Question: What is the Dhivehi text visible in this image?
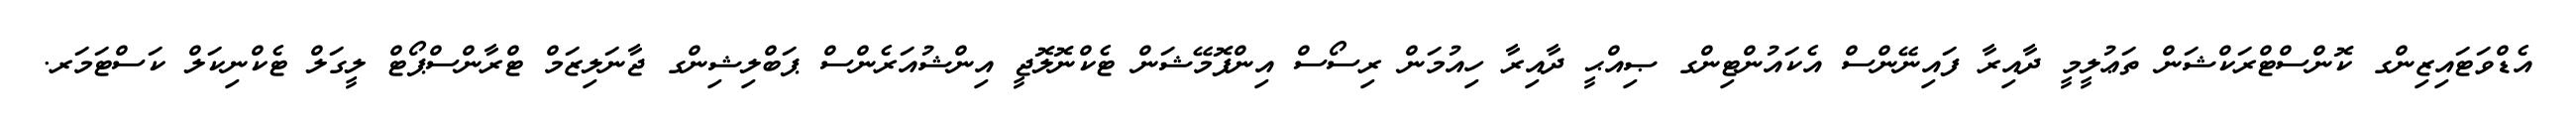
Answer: އެޑްވަޓައިޒިންގ ކޮންސްޓްރަކްޝަން ތަޢުލީމީ ދާއިރާ ފައިނޭންސް އެކައުންޓިންގ ޞިއްޙީ ދާއިރާ ހިއުމަން ރިސޯސް އިންފޮމޭޝަން ޓެކްނޮލޮޖީ އިންޝުއަރެންސް ޕަބްލިޝިންގ ޖާނަލިޒަމް ޓްރާންސްޕޯޓް ލީގަލް ޓެކްނިކަލް ކަސްޓަމަރ.